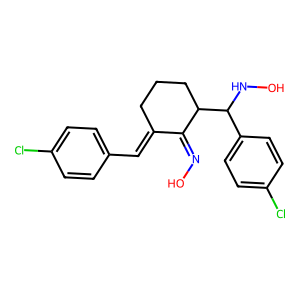
SMILES: ON=C1C(=Cc2ccc(Cl)cc2)CCCC1C(NO)c1ccc(Cl)cc1
Inhibits HIV replication: No